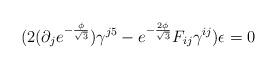
LaTeX: \begin{align*}(2(\partial_je^{-\frac{\phi}{\sqrt{3}}})\gamma^{j5}-e^{-\frac{2\phi}{\sqrt{3}}}F_{ij}\gamma^{ij})\epsilon =0\end{align*}